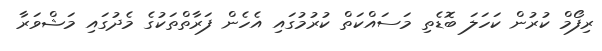
ރިފޯމް ކުރުން ކަހަލަ ބޮޑެތި މަސައްކަތް ކުރުމުގައި އެހެން ފަރާތްތަކުގެ މެދުގައި މަޝްވަރާ